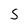
Character: S